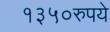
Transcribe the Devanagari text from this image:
१३५०रुपये